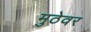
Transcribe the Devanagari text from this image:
मुठेवर